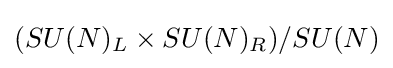
(SU(N)_{L}\times SU(N)_{R})/SU(N)